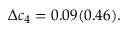
\Delta c _ { 4 } = 0 . 0 9 ( 0 . 4 6 ) .